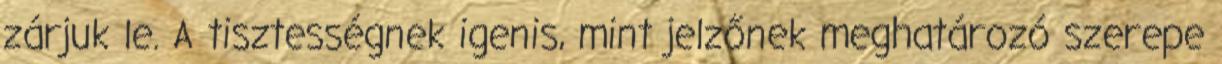
zárjuk le. A tisztességnek igenis, mint jelzőnek meghatározó szerepe